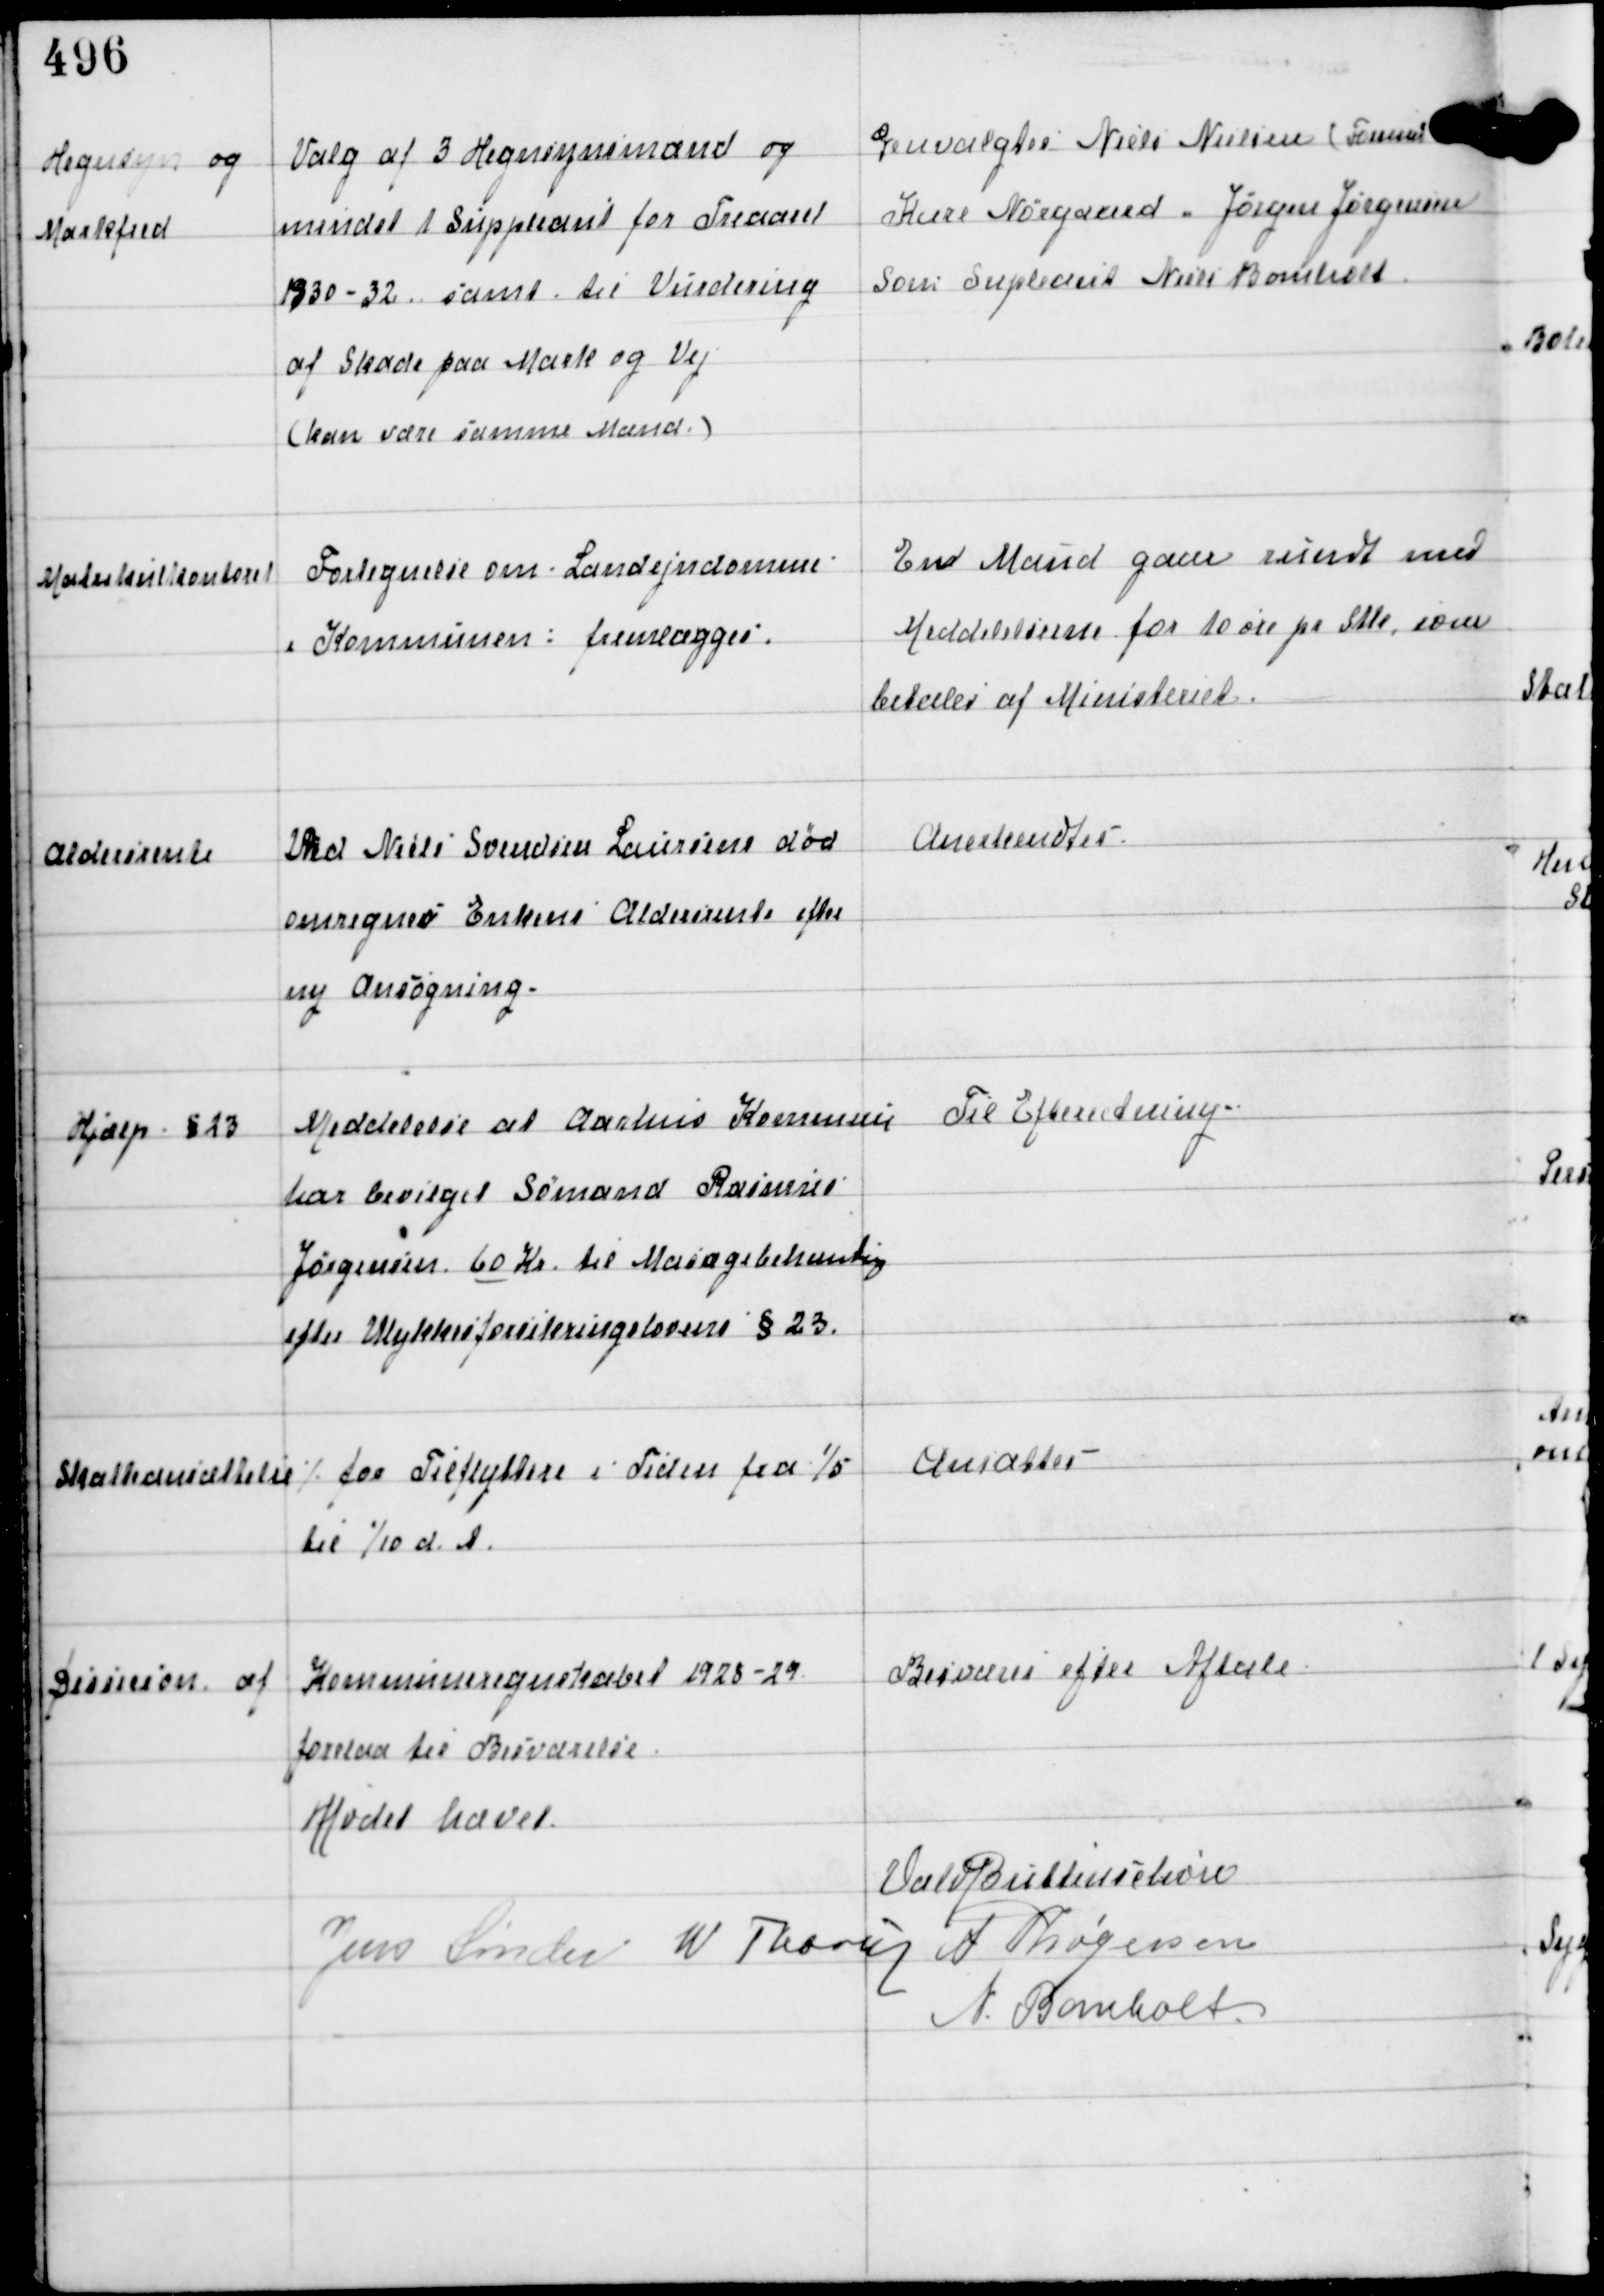
Transskription:
Hegnsyn og
Markfred

Valg af 3 Hegnsynsmænd og
mindst 1 Suppleant for Treaaret
1930-32 samt til Vurdering
af Skade paa Mark og Vej
(kan være samme Mand.)

Genvalgtes Niels Nielsen (Formand)
Karl Nørgaard - Jørgen Jørgensen
som Supleant Niels Bomholt

Matrikulkontoret

Fortegnelse om Landejendomme
i Kommunen: fremlægges.

En Mand gaar rundt med
Meddelelserne for 10 øre pr Stk, som
betales af Ministeriet.

Aldersrente

Ved Niels Svendsen Lauersens død
omregnes Enkens Aldersrente efter
ny Ansøgning.

Anerkendtes.

Hjælp § 23

Meddelelse at Aarhus Kommune
har bevilget Sømand Rasmus
Jørgensen 60 Kr til Masagebehandling
efter Ulykkesforsikringslovens § 23.

Til Efterretning.

Skatteansættelse ⁒ for Tilflyttere i Tiden fra 1/5
til 1/10 d.A.

Ansattes.

Dessision af Kommuneregnskabet 1928-29
forelaa til Besvarelse

Besvares efter Aftale

Mødet hævet
Vald Buttenschøn
Jens Sønder W Thorup A Thøgersen
N Bomholt